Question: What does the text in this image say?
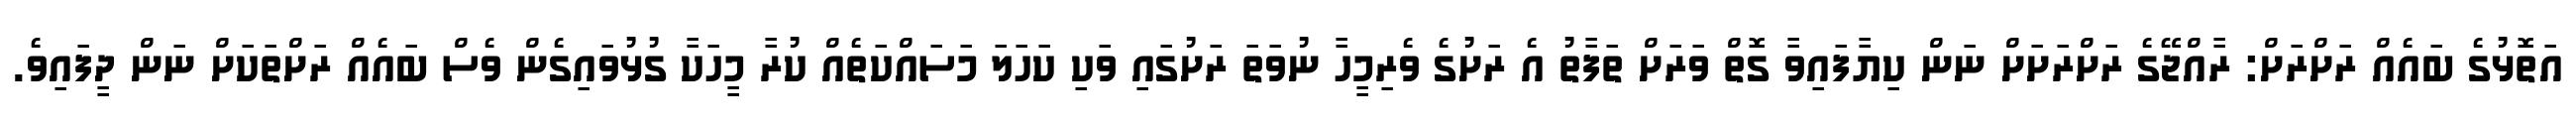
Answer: އަތޮޅުގެ ބައެއް ރަށްރަށް: ރާއްޖޭގެ ރަށްރަށަށް ނަން ކިޔާފައިވާ ގޮތް ވަރަށް ތަފާތު އެ ރަށުގެ ވެރިމީހާ ނުވަތަ ރަށުގައި ވަކި ކަހަލަ މަސައްކަތެއް ކުރާ މީހަކާ ގުޅުވައިގެން ވެސް ބައެއް ރަށްތަކަށް ނަން ދީފައިވެ.